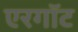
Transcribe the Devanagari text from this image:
एरगॉट